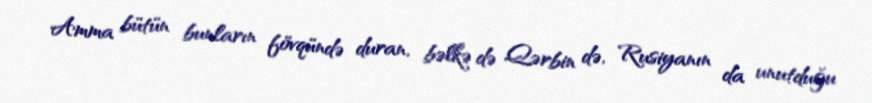
Amma bütün bunların fövqündə duran, bəlkə də Qərbin də, Rusiyanın da unutduğu